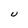
Character: U